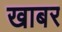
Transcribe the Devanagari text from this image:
खाबर